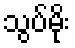
သွပ်မိုး